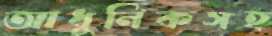
আধুনিকসহ